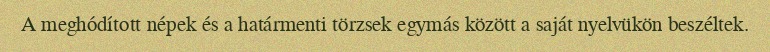
A meghódított népek és a határmenti törzsek egymás között a saját nyelvükön beszéltek.